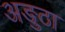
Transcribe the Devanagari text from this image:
अङुठा